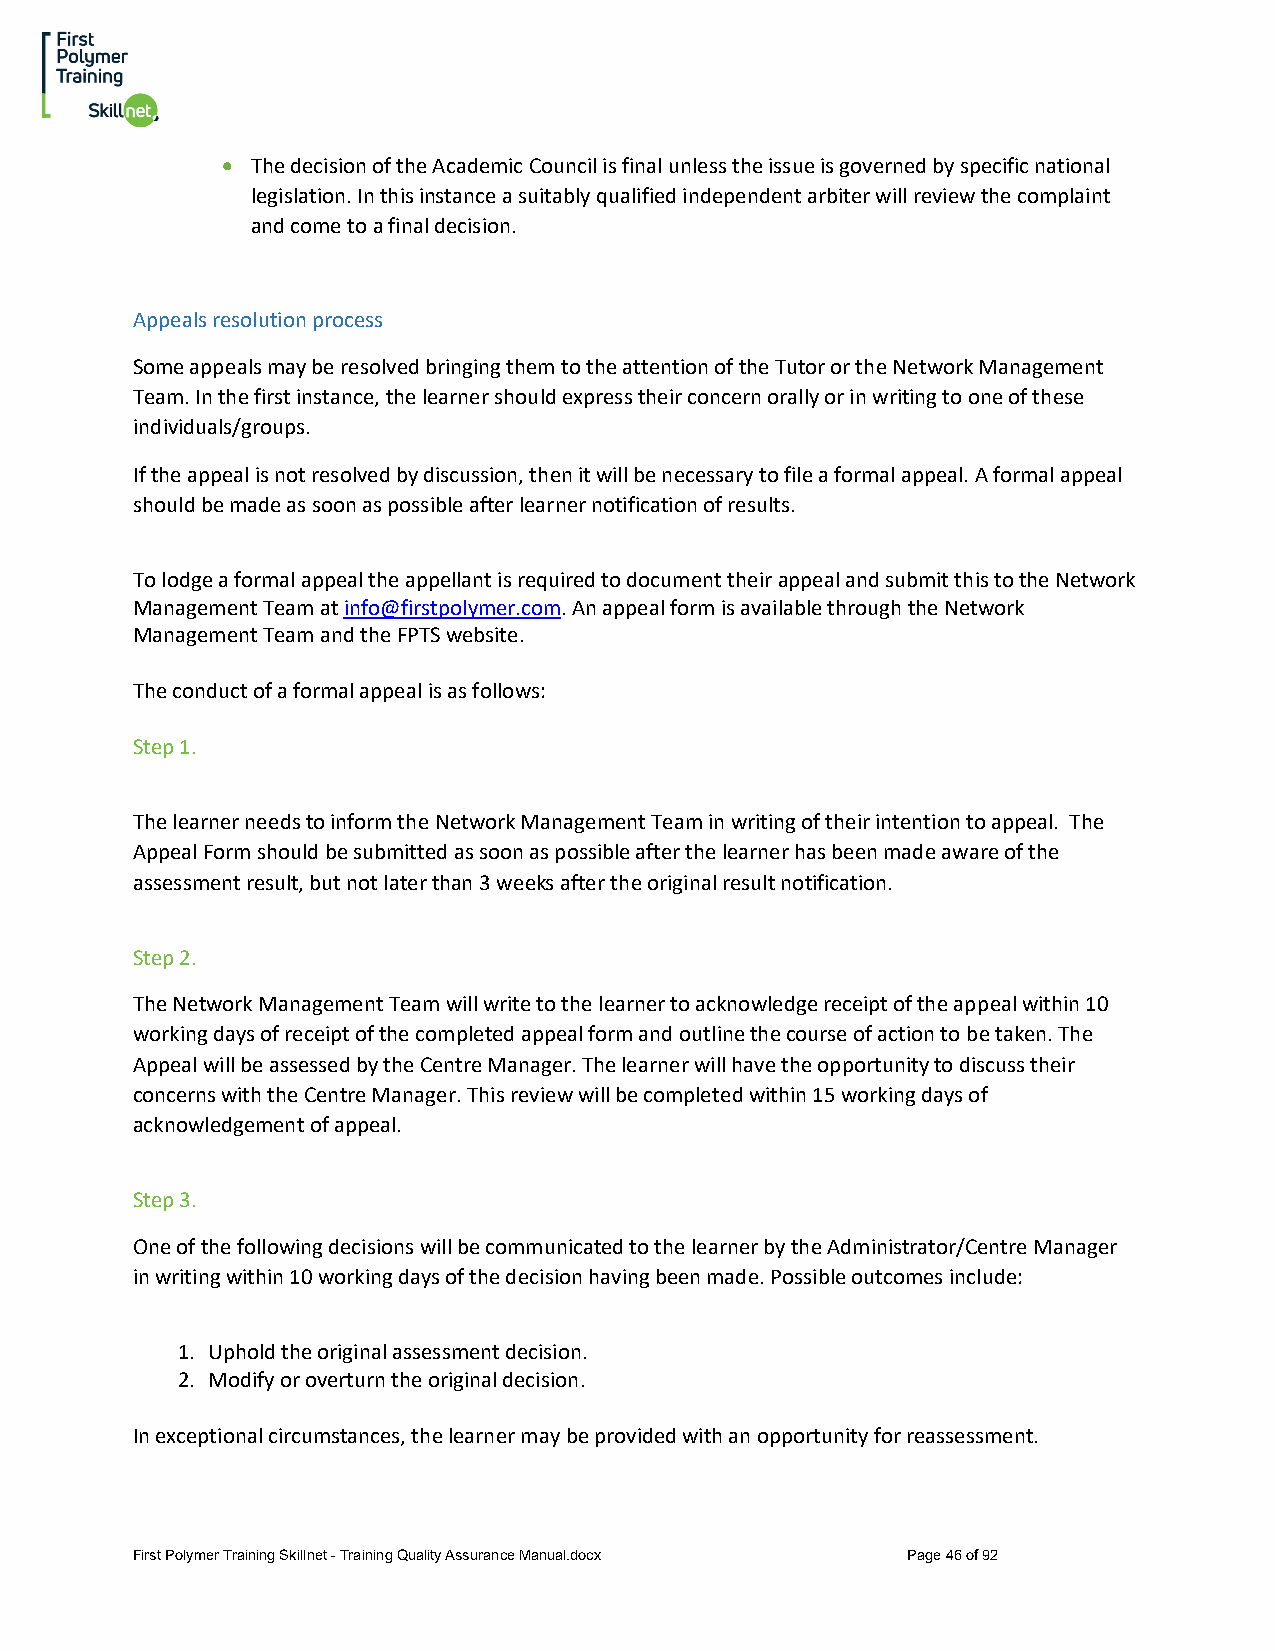
• The decision of the Academic Council is final unless the issue is governed by specific national
 legislation. In this instance a suitably qualified independent arbiter will review the complaint
 and come to a final decision.
 Appeals resolution process
 Some appeals may be resolved bringing them to the attention of the Tutor or the Network Management
 Team. In the first instance, the learner should express their concern orally or in writing to one of these
 individuals/groups.
 If the appeal is not resolved by discussion, then it will be necessary to file a formal appeal. A formal appeal
 should be made as soon as possible after learner notification of results.
 To lodge a formal appeal the appellant is required to document their appeal and submit this to the Network
 Management Team at info@firstpolymer.com. An appeal form is available through the Network
 Management Team and the FPTS website.
 The conduct of a formal appeal is as follows:
 Step 1.
 The learner needs to inform the Network Management Team in writing of their intention to appeal. The
 Appeal Form should be submitted as soon as possible after the learner has been made aware of the
 assessment result, but not later than 3 weeks after the original result notification.
 Step 2.
 The Network Management Team will write to the learner to acknowledge receipt of the appeal within 10
 working days of receipt of the completed appeal form and outline the course of action to be taken. The
 Appeal will be assessed by the Centre Manager. The learner will have the opportunity to discuss their
 concerns with the Centre Manager. This review will be completed within 15 working days of
 acknowledgement of appeal.
 Step 3.
 One of the following decisions will be communicated to the learner by the Administrator/Centre Manager
 in writing within 10 working days of the decision having been made. Possible outcomes include:
 1. Uphold the original assessment decision.
 2. Modify or overturn the original decision.
 In exceptional circumstances, the learner may be provided with an opportunity for reassessment.
 First Polymer Training Skillnet - Training Quality Assurance Manual.docx Page 46 of 92